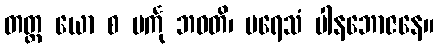
တတ္ထ ယော စ မင်္ကု ဘဝတိ၊ ပရေသံ ပါနဘောဇနေ။